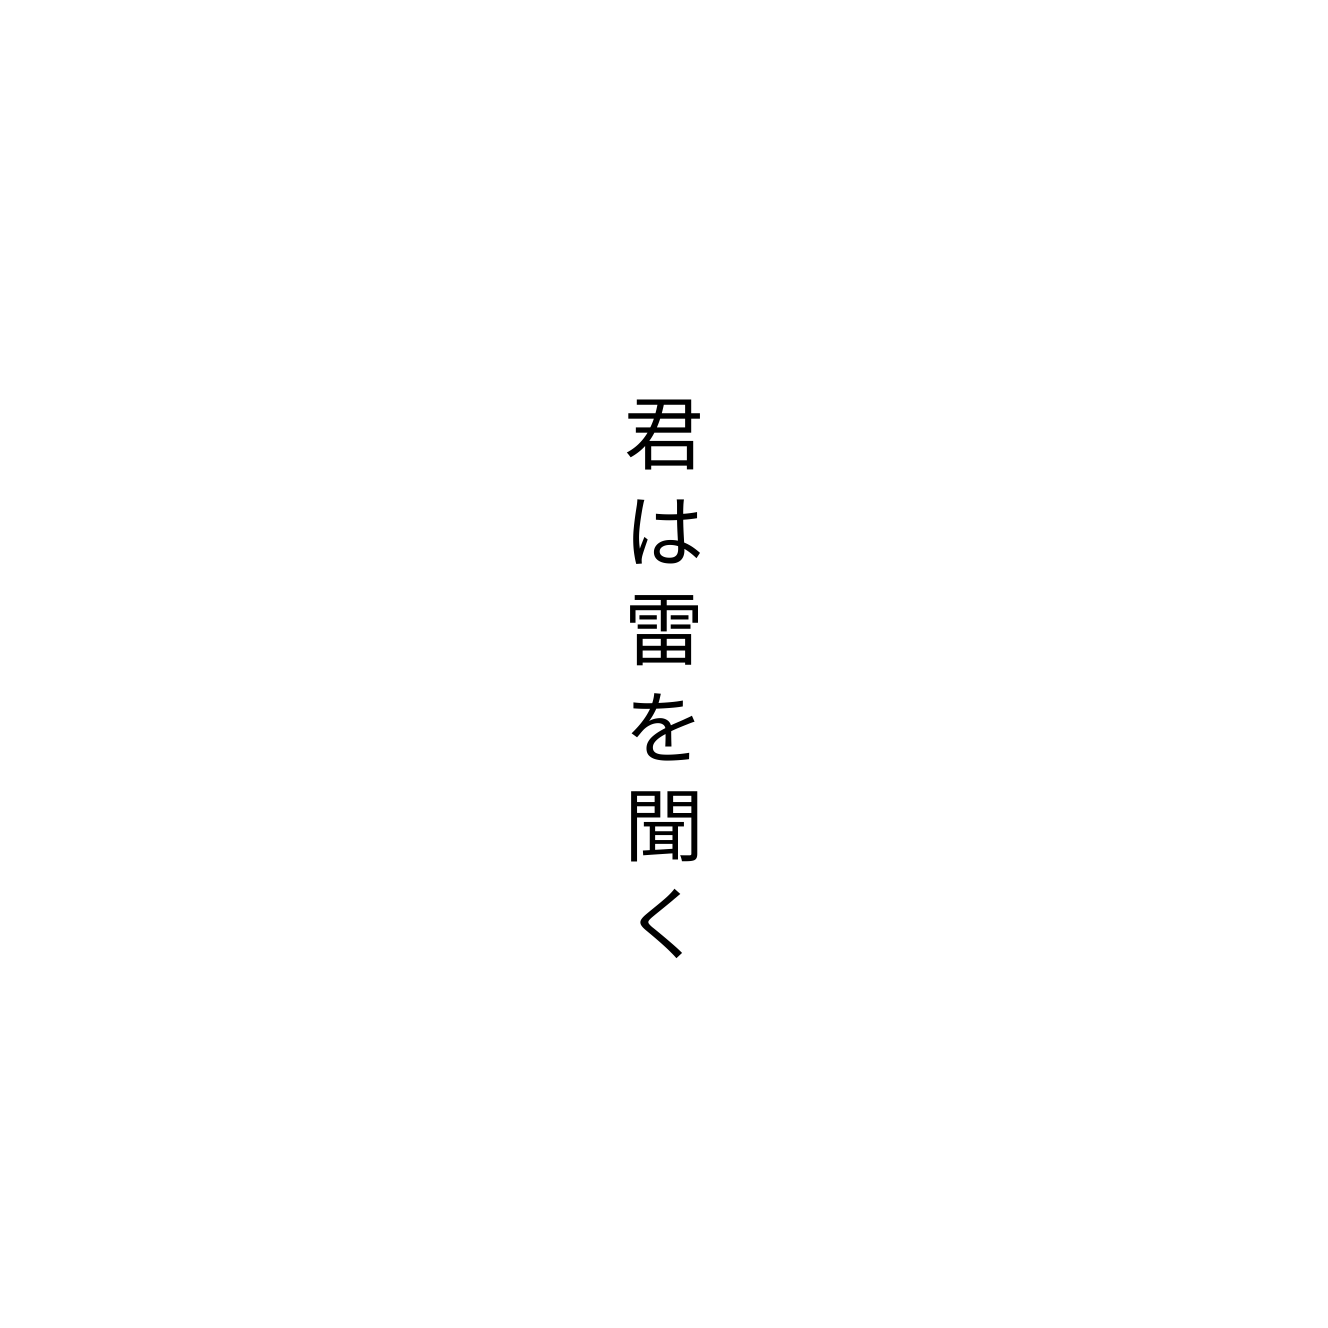
君は雷を聞く